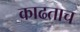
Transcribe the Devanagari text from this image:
काढताच